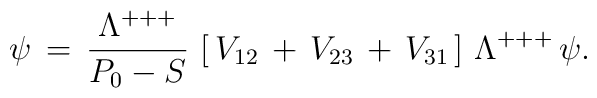
\psi\,=\,{\Lambda^{+++}\over P_0-S}\, \left[\,V_{12}\,+\,V_{23}\,+\,V_{31}\,\right]\,\Lambda^{+++}\,\psi.